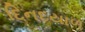
દિનદયાળ